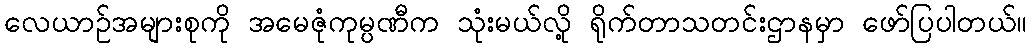
လေယာဉ်အများစုကို အမေဇုံကုမ္ပဏီက သုံးမယ်လို့ ရိုက်တာသတင်းဌာနမှာ ဖော်ပြပါတယ်။